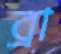
ব্রা